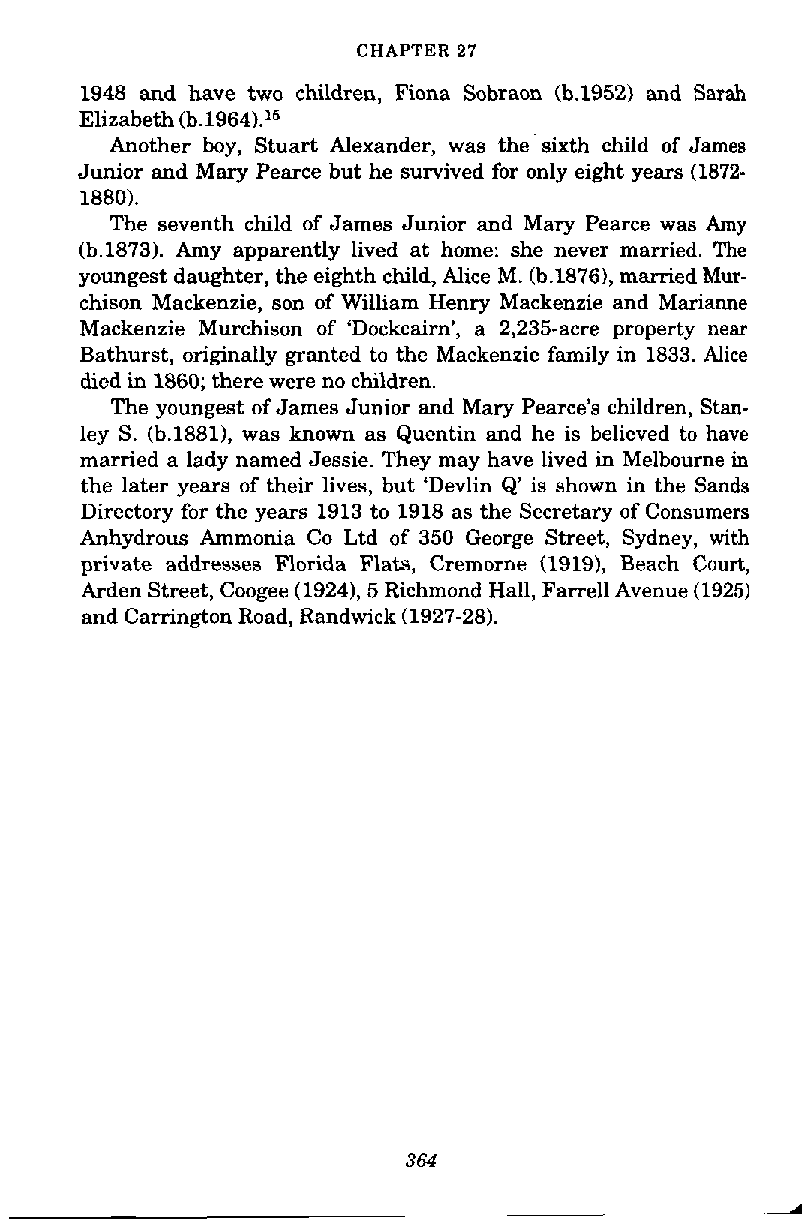
CHAPTER 27
 1948 and have two children, Fiona Sobraon (b.1952) and Sarah
 Elizabeth (b.1964).15
 Another boy, Stuart Alexander, was the sixth child of James
 Junior and Mary Pearce but he survived for only eight years (1872-
 1880).
 The seventh child of James Junior and Mary Pearce was Amy
 (b.1873). Amy apparently lived at home: she never mamed. The
 youngest daughter, the eighth child, Alice M. (b.1876), mamed Mur-
 chison Mackenzie, son of William Henry Mackenzie and Marianne
 Mackenzie Murchison of 'Dockcairn', a 2,235-acre property near
 Bathurst, originally granted to the Mackenzie family in 1833. Alice
 died in 1860; there were no children.
 The youngest of James Junior and Mary Pearce's children, Stan-
 ley S. (b.1881), was known as Quentin and he is believed to have
 married a lady named Jessie. They may have lived in Melbourne in
 the later years of their lives, but 'Devlin Q' is shown in the Sands
 Directory for the years 1913 to 1918 as the Secretary of Consumers
 Anhydrous Ammonia Co Ltd of 350 George Street, Sydney, with
 private addresses Florida Flats, Cremorne (1919), Beach Court,
 Arden Street, Coogee (1924), 5 Richmond Hall, Farrell Avenue (1925)
 and Camngton Road, Randwick (1927-28).